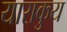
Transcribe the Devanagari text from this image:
याराकुय